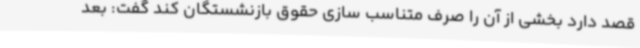
قصد دارد بخشی از آن را صرف متناسب سازی حقوق بازنشستگان کند گفت: بعد